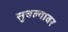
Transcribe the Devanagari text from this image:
सुचल्यावर